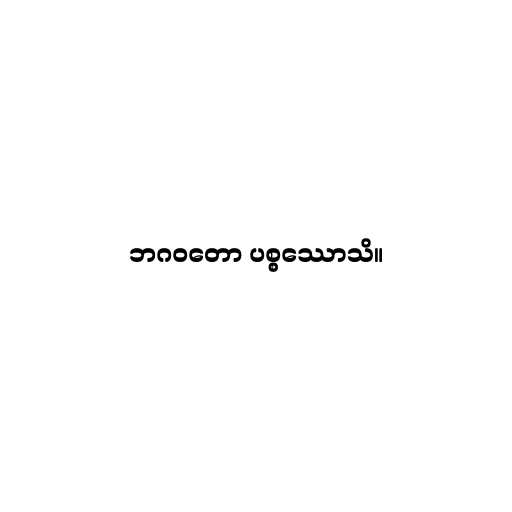
ဘဂဝတော ပစ္စဿောသိ။